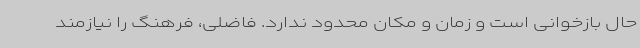
حال بازخوانی است و زمان و مکان محدود ندارد. فاضلی، فرهنگ را نیازمند